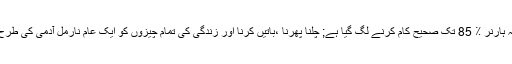
یہ بڑی خوش آئند بات ہے کہ ہارنر ٪ 85 تک صحیح کام کرنے لگ گیا ہے; چلنا پھرنا ،باتیں کرنا اور زندگی کی تمام چیزوں کو ایک عام نارمل آدمی کی طرح استعمال کرنے لگ گیا ہے۔